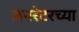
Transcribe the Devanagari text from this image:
जनरेटरच्या